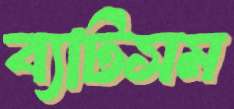
ব্যাটসম